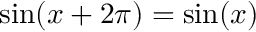
\sin ( x + 2 \pi ) = \sin ( x )